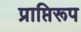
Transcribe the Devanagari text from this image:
प्राप्तिरूप